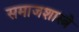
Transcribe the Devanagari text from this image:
समाजशास्त्रे